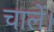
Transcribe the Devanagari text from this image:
चालें।